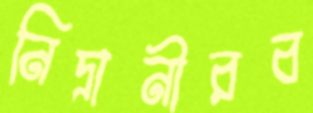
নিদ্রানীরব